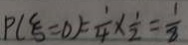
P ( \xi = 0 ) = \frac { 1 } { 4 } \times \frac { 1 } { 2 } = \frac { 1 } { 8 }